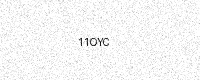
Text: 11OYC